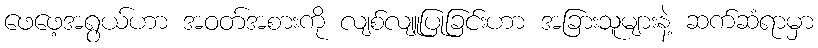
ဖေဖေ့အရွယ်ဟာ အဝတ်အစားကို လျစ်လျူပြုခြင်းဟာ အခြားသူများနဲ့ ဆက်ဆံရာမှာ